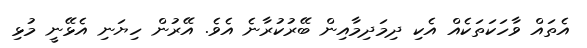
އެތައް ވާހަކަތަކެއް އެކި ދިމަދިމާއިން ބޭރުކުރާނެ އެވެ. އޭރުން ހިޔަނި އެޅޭނީ މުޅި